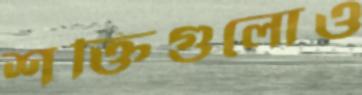
শক্তিগুলোও